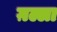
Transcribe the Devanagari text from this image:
ग़ल्ला